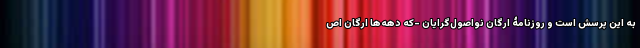
به این پرسش است و روزنامۀ ارگان نواصول‌گرایان -که دهه‌ها ارگان اص